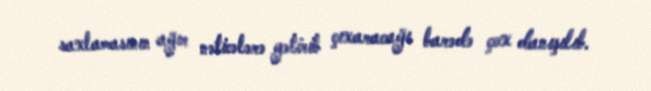
saxlamasının ağır nəticələrə gətirib çıxaracağı barədə çox danışılıb.